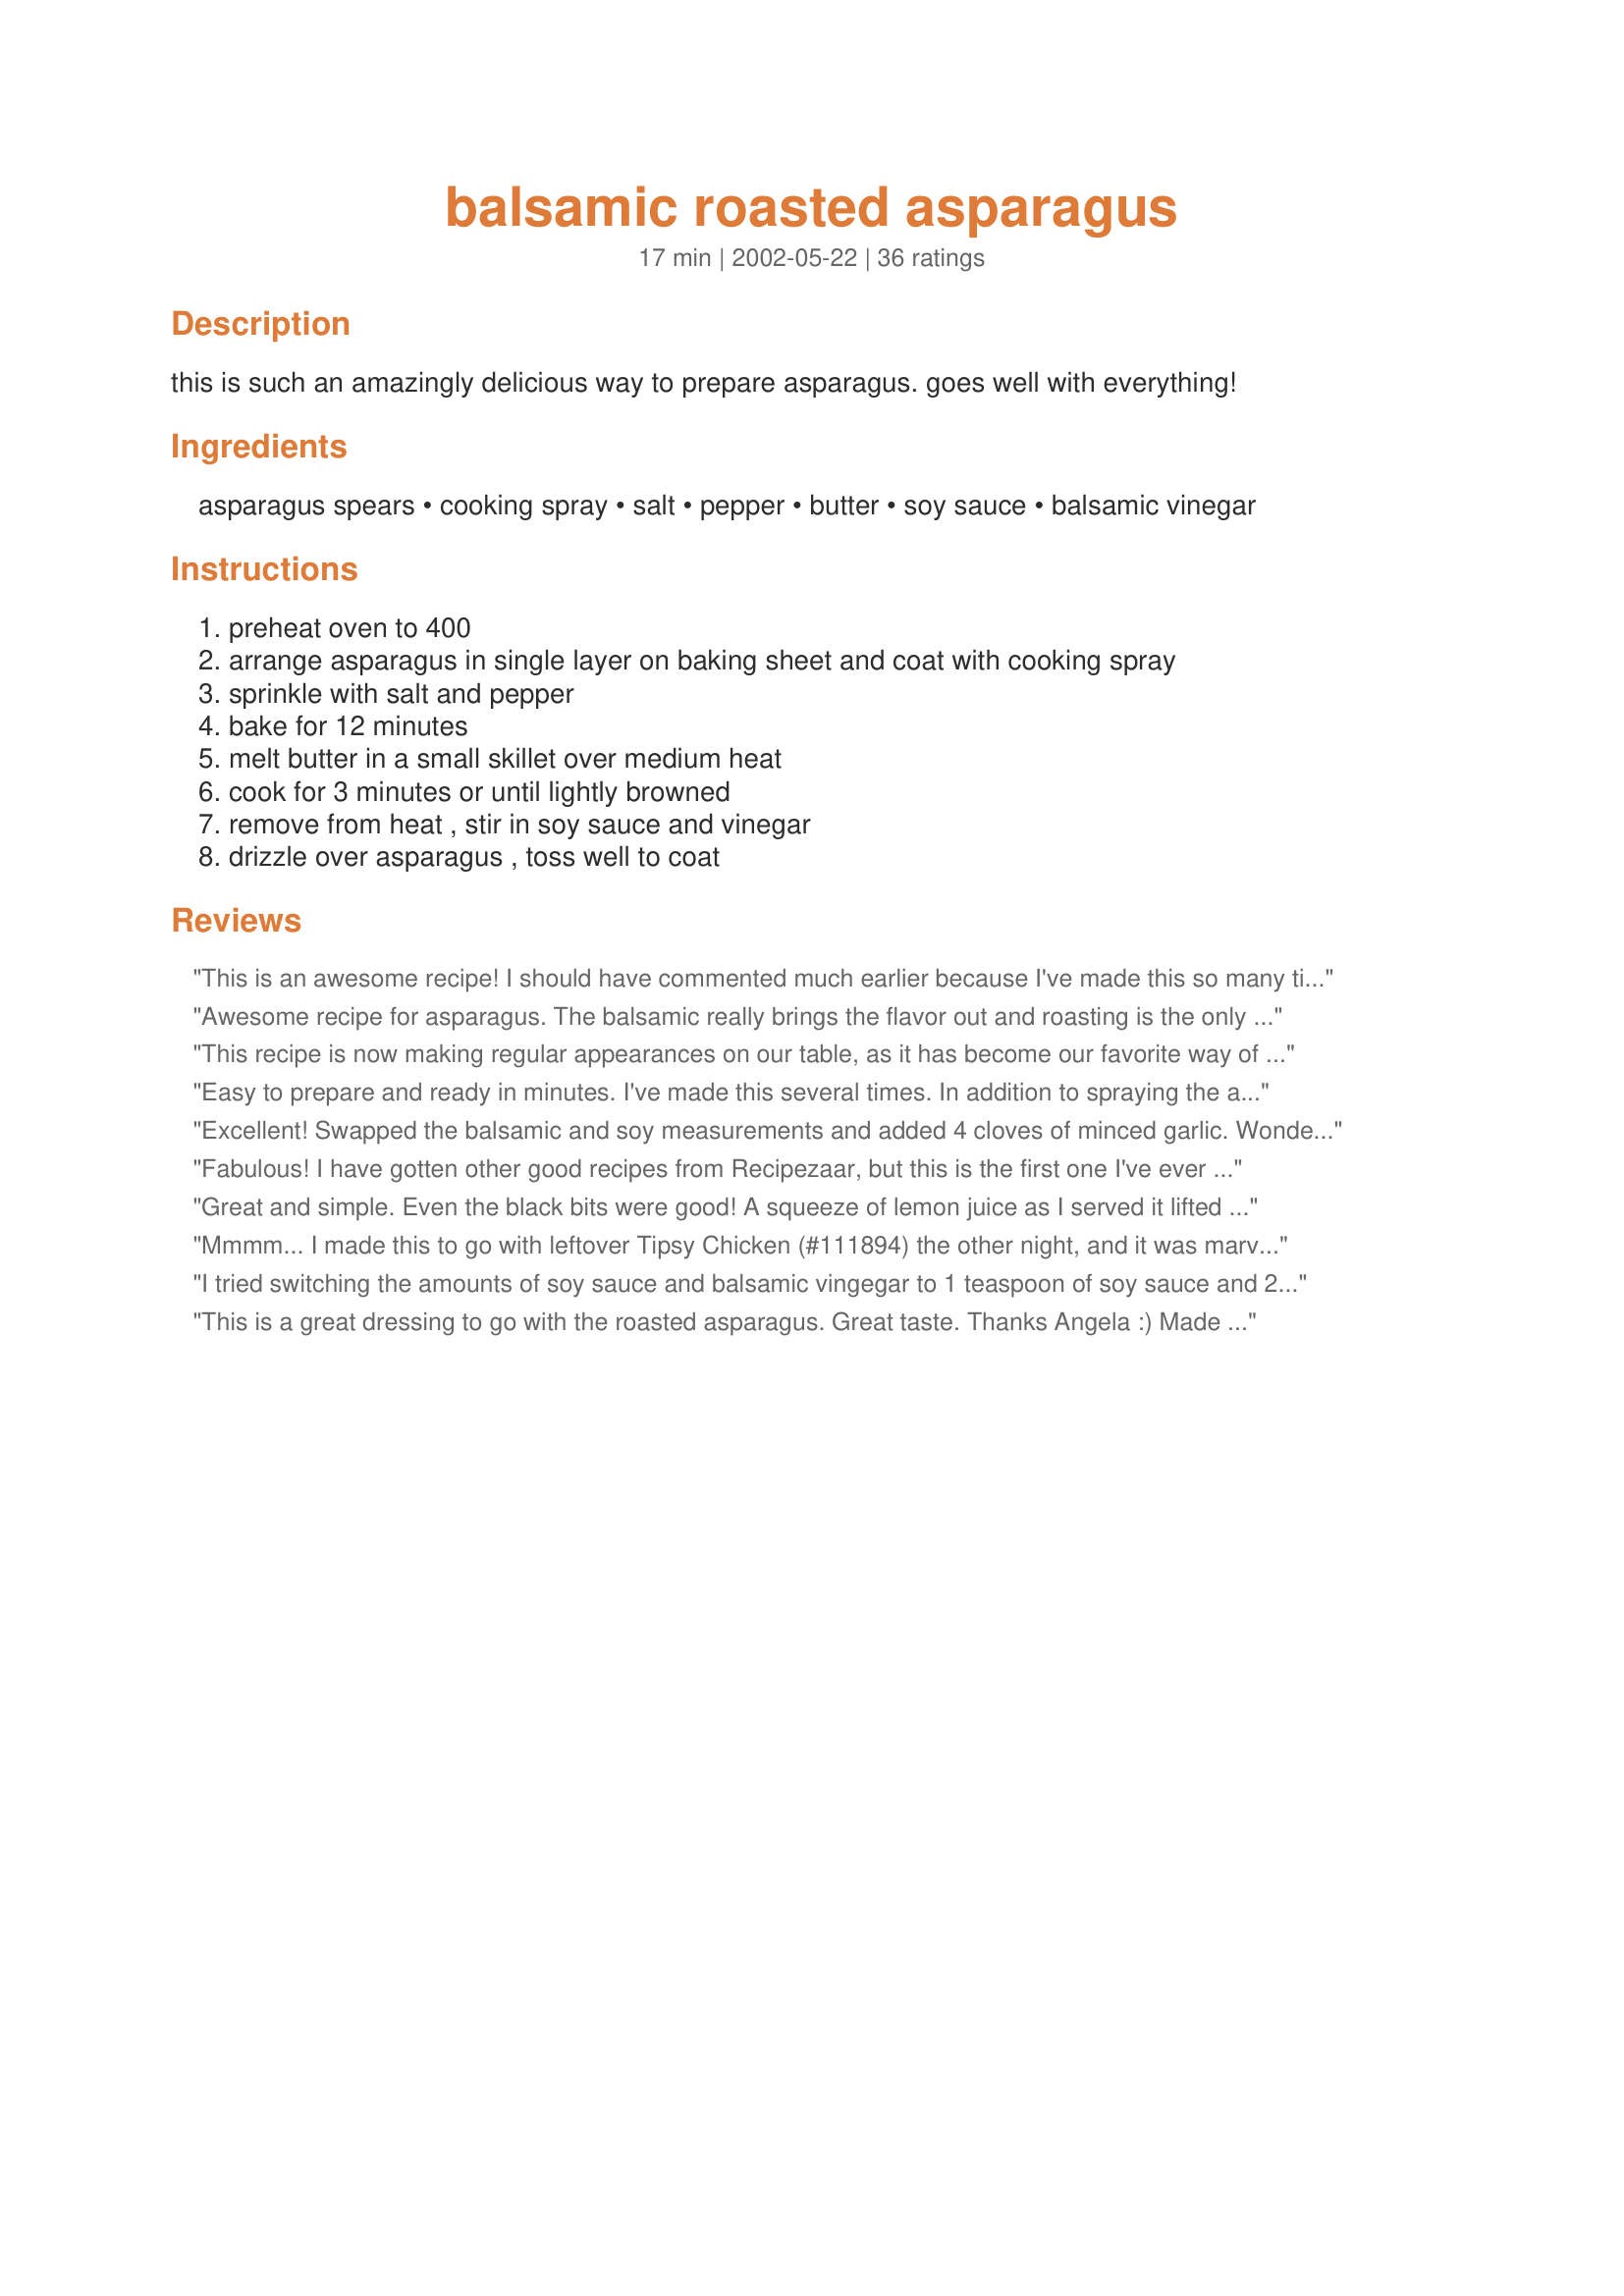
balsamic roasted asparagus
Preparation time: 17 minutes

this is such an amazingly delicious way to prepare asparagus. goes well with everything!

Ingredients:
asparagus spears, cooking spray, salt, pepper, butter, soy sauce, balsamic vinegar

Steps:
preheat oven to 400, arrange asparagus in single layer on baking sheet and coat with cooking spray, sprinkle with salt and pepper, bake for 12 minutes, melt butter in a small skillet over medium heat, cook for 3 minutes or until lightly browned, remove from heat , stir in soy sauce and vinegar, drizzle over asparagus , toss well to coat

Reviews:
This is an awesome recipe! I should have commented much earlier because I've made this so many times now I can't remember. I was never a fan of asparagus and this dish made me love it. My fiance is also a big lover of this recipe and requests I cook it probably too often. Thanks SO much for this recipe! It's irreplaceable and a definately keeper!!
Awesome recipe for asparagus. The balsamic really brings the flavor out and roasting is the only way to go in my opinion. You have a winner on this one Angela. Thanks for posting. Jan
This recipe is now making regular appearances on our table, as it has become our favorite way of preparing asparagus. Perfect balance of flavors!
Easy to prepare and ready in minutes. I've made this several times. In addition to spraying the asparagus I spray the cookie sheet before lining up the asparagus. Have cooked exactly as written with regular cooking spray and also with olive oil cooking spray and it works well, too. Always use low sodium soy sauce. Delicious!
Excellent! Swapped the balsamic and soy measurements and added 4 cloves of minced garlic. Wonderful!
Fabulous! I have gotten other good recipes from Recipezaar, but this is the first one I've ever loved enough to comment on! I'm have a batch in fromt of me as I write this! I did use a little olive oil instead of the cooking spray.
Great and simple. Even the black bits were good! A squeeze of lemon juice as I served it lifted the whole taste too.
Mmmm... I made this to go with leftover Tipsy Chicken (#111894) the other night, and it was marvelous. I nearly ate all the asparagus in one sitting (I refrained; the leftovers are good, too). Edited to add: This is my preferred method of serving asparagus, but I only roast it for 5-7 minutes.
I tried switching the amounts of soy sauce and balsamic vingegar to 1 teaspoon of soy sauce and 2 teaspoons of balsamic vinegar and it is equally yummy!
This is a great dressing to go with the roasted asparagus. Great taste. Thanks Angela :) Made for All you can cook buffet
Delicious and easy! The sauce doesn't overpower the flavor of the asparagus, and won't clash with your main dish. I may increase the soy & vinegar by half again as much the next time I make it, but it was divine as written!

I liked roasting the asparagus rather than boiling nutrients away. Smelled great in the oven, too!
Delicious! Browned butter gives this sauce some real depth. It was much more flavorful than I thought it would be with such simple ingredients. Just fabulous! I made as directed except subbed a very light brush of olive oil for cooking spray. We'll have this often. Thanks, AngelaTN, for posting!
Hi..I sauteed Asparagus lightly and proceeded with the rest of the recipe..it was greeeeeaaaat !
It really helps when someone like you posts easy recipes with great tastes..keep it up :-)
What a quick, easy recipe! The 12 minute roasting was perfect (I had some skinny skinny asparagus) and I greased the pan with olive oil instead of cooking spray, for more flavor. Loved the sauce, and do be sure to let the butter brown a little to get that great flavor. Even my cooked-veggie-hating hubby looked at it kind of longingly, it smelled so good... but he didn't take the plunge. So, MORE FOR ME! Delicious, thanks so much for the recipe!
I made this using both asparagus and brussels sprouts. We liked the asparagus, but we loved the brussels sprouts! The sauce is different and I like that it enhances the veggies without drowning them out. Thank you, this was very good!
OMG.... these asparagus are delicious!!!!
The soy is a nice addition to the balsamic- I did however switch up the 2 to 1 ratio of the soy to balsamic, only because I am a balsamic fanatic and WOW are they divine! *Update.... I love to drizzle this FABULOUS sauce over pork tenderloin as well. Ohhhh, yum!

Thanks for an awesome recipe!!! We'll definitely be making these again!
This was fantastic..will always make this recipe..next time going to try it in the grill..Thanks
This was delicious and easy! I've never been a huge fan of asparagus but I just couldn't get enough of this! Thanks so much for a great recipe.
WOW! I am an asparagus fanatic and this is by far the best recipe I have found yet for keeping asparagus so fresh tasting with great seasoning and so easy. Thank you so much for posting this!!!
Very yummy, and super easy! I didn't realize I was out of balsamic vinegar until I was getting ready to make this, so I used rice wine vinegar instead (figured I'd just do an Asian version since I was already using soy sauce). It worked great, and my guests were pleased!
This is my new favorite side dish! Healthy and so flavorful! I've made it twice, once with a chicken main dish, and once with salmon. It's great for a weeknight side dish, but fancy enough for guests.
I loved this side dish, so good! I added an extra teaspoon of soy sauce and half teaspoon of balsamic vinegar, and it worked out well. The flavors worked great with asparagus. Thanks for the wonderful recipe!
Made the roasted asparagus tonight to go along with our Italian dinner, and it was wonderful! Our guests asked for the recipe. :) In addition to trimming the asparagus stem ends, I used a vegetable peeler to take off the outside of about 1/2 to 1 inch of the end of each piece of asparagus, and it worked really well to get rid of the fibrous bits. Also sprinkled it with Parmesan before serving.
Delicious and very easy to make. Thanks for sharing the recipe!
I never got so many compliments on a vegetable before! 
Asparagus come out crisp/tender and the taste is out of this world!
Very good! Light and tangy sauce beautifully complemented the asparagus. Roasting asparagus is the way to go - nice, nutty flavor. I will never boil or steam again! Thanks so much!
I know this recipe from my Cooking Lite cook book. I recently moved and misplaced the book - luckily I quickly found it here. This is an amazing way to serve asparagus. And it goes so well with steak and wine!
I will definitely make this recipe again...and again and again... this has become one of my absolute favorites. Just a perfect blend of flavors. Wonderful. Thanks for posting Angela.
I made this tonight using delicious Villa Manodori balsamic vinegar. Villa Manodori is an aged (10-20 yrs) balsamic which is exceptionally smooth, thick & rich. It's expensive but a small amount carries a giant dollop of flavor, as this dish proves. My sister asked me to repeat the recipe to her as we were eating. Excellent!
This was great! Even my kids thought it was wonderful! 
As an added bonus it is a very simple recipe!
Oooh baby baby - sooo good!! This was so easy and tasty I was licking my fingers after eating it (yes, I was picking them up instead of using a fork - what a heathen!).
I have tried your recipe many times... its for sure a KEEPER! very good... very simple.. delicious above all. thank you for posting!!!
I did go a little less time as i prefer my asparagus crispier.. but the mixture of ingredients are WONDERFUL!!
I will make this again!
I sampled the asparagus when I took it out of the oven and it was good. However, I didn't care for it as much with the sauce. The rest of my family felt the same.
Another great asparagus recipe here. The sauce added a mild flavor and it did not over powder the asparagus. I'll double the sauce the next time I make this. Also I baked mine for about 17 minutes. Thanks for a wonderful recipe.
This is an absolutely wonderful recipe. It has my kids begging for more. I agree that you must use real butter for exceptional taste.
